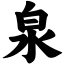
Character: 泉